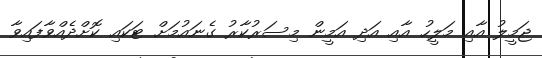
ޖަމީލު އާއި މަލީހު އާއި އަދި އަމީން މިސަރުކާރު ގެނައުމަށް ޓަަކައި ކޮށްދެއްވާފައިވާ